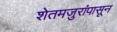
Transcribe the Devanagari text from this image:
शेतमजुरांपासून